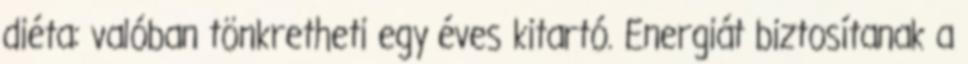
diéta: valóban tönkretheti egy éves kitartó. Energiát biztosítanak a